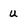
Character: u